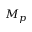
M _ { p }